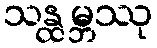
သန္ထမ္ဘဿု